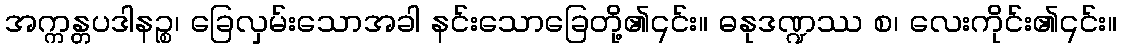
အက္ကန္တပဒါနဉ္စ၊ ခြေလှမ်းသောအခါ နင်းသောခြေတို့၏၎င်း။ ဓနုဒဏ္ဍဿ စ၊ လေးကိုင်း၏၎င်း။